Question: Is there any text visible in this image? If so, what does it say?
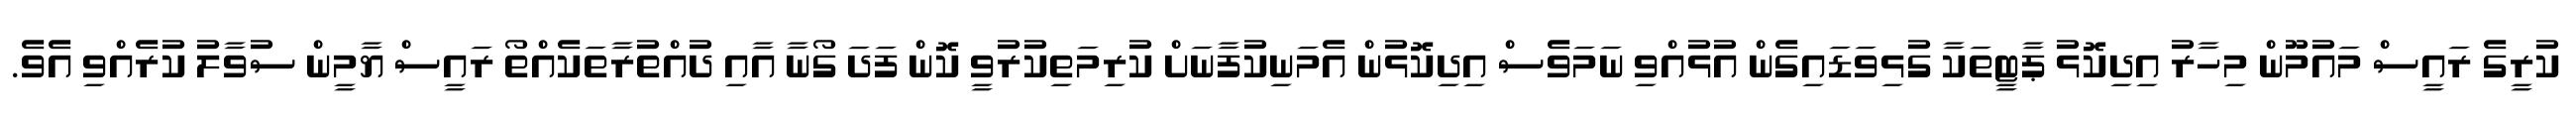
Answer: ކުރީގެ ރައީސް މައުމޫން މިހާރު އިދިކޮޅު ޕާޓީތަކާ ގުޅިވަޑައިގެން އުޅުއްވި ނަމަވެސް އިދިކޮޅުން އެމަނިކުފާނަށް ކުރިމަތިކުރުވީ ކޮން ފަދަ ގޯނާ އާއި ދުއްތުރާތަކެއްތޯ ރައީސް ޔާމީން ސުވާލު ކުރެއްވި އެވެ.